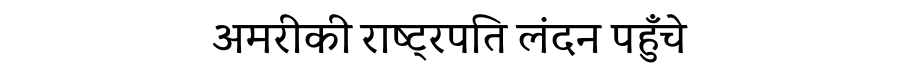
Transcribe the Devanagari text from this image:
अमरीकी राष्ट्रपति लंदन पहुँचे